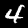
Digit: 4